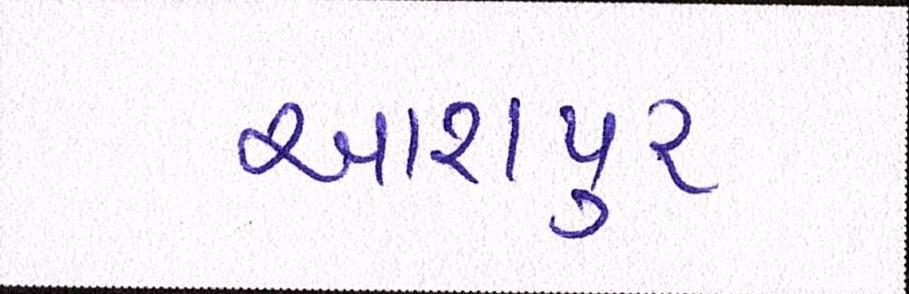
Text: આશપુર